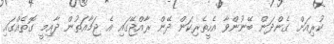
ކުރިއަށް ގެންދަން ބޭނުންވާ އެހީތެރިކަން ދޭން ރާއްޖޭގައި އެ ޖަމާއަތުން ދާއިމީ ގޮތެއްގައި